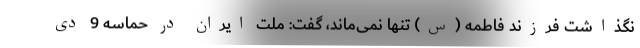
نگذاشت فرزند فاطمه (س) تنها نمی‌ماند، گفت: ملت ایران در حماسه 9 دی